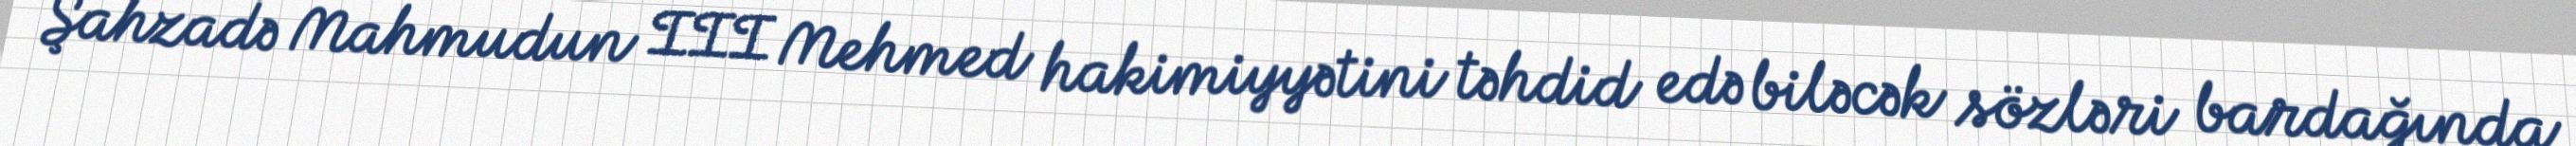
Şahzadə Mahmudun III Mehmed hakimiyyətini təhdid edə biləcək sözləri bardağında